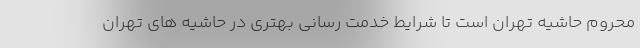
محروم حاشیه تهران است تا شرایط خدمت رسانی بهتری در حاشیه های تهران